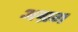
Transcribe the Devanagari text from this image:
अग्रग